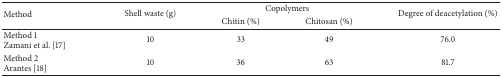
<table><thead><tr><td rowspan="2"><b>Method</b></td><td rowspan="2"><b>Shell waste (g)</b></td><td colspan="2"><b>Copolymers</b></td><td rowspan="2"><b>Degree of deacetylation (%)</b></td></tr><tr><td><b>Chitin (%)</b></td><td><b>Chitosan (%)</b></td></tr></thead><tbody><tr><td>Method 1Zamani et al. [17]</td><td>10</td><td>33</td><td>49</td><td>76.0</td></tr><tr><td>Method 2 Arantes [18]</td><td>10</td><td>36</td><td>63</td><td>81.7</td></tr></tbody></table>